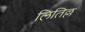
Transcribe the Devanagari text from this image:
लितिल्ल